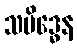
သမိဒ္ဓေန